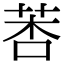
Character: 莕